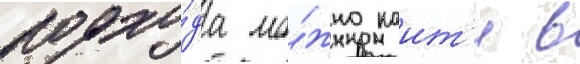
подхо́да мо́жно наит'и в